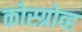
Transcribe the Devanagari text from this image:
कोस्ग्रोव्ह